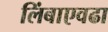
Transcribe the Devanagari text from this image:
लिंबाएवढा